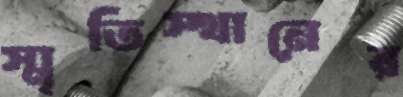
স্মৃতিস্থানের